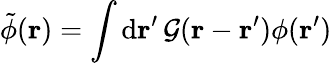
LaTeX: \tilde{\phi}(\mathbf{r})=\int\mathrm{d}\mathbf{r^{\prime}}\, \mathcal{G}(\mathbf{r}-\mathbf{r}^{\prime})\phi(\mathbf{r^{\prime}})